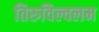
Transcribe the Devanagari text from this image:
तिरुविल्वलम